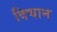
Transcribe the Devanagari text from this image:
दिचान